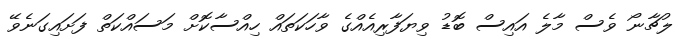
ލުޗާނޯ ވެސް މާލެ އައިސް ބޮޑު ވިޔަފާރިއެއްގެ ވާހަކަތައް ހިއްސާކޮށް މަސައްކަތް ފަށައިގަނެވޭ